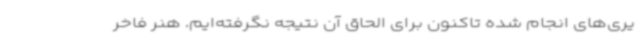
یری‌های انجام شده تاکنون برای الحاق آن نتیجه نگرفته‌ایم. هنر فاخر